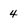
Character: 4